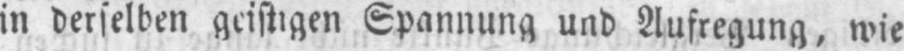
in derselben geistigen Spannung und Aufregung, wie